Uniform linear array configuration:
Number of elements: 16
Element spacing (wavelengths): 1
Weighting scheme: binomial
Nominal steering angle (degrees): -45
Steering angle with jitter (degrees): -46.392
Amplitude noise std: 0.05
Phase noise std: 0.05

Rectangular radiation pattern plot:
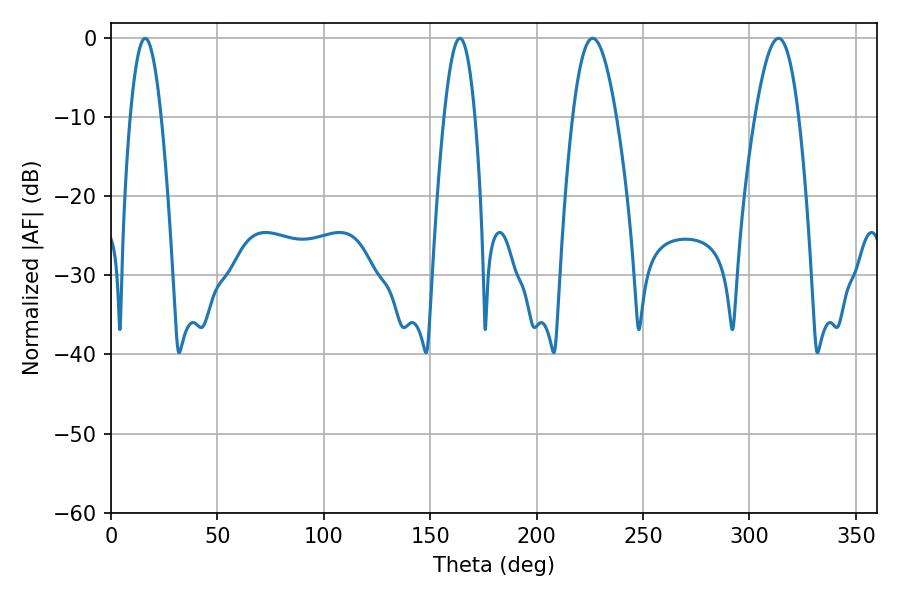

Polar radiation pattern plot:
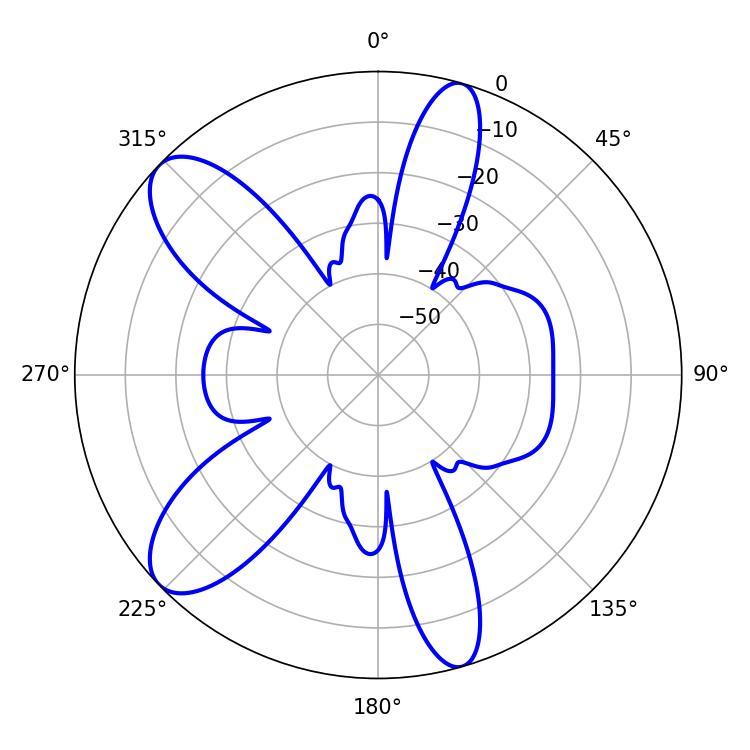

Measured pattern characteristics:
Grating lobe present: TRUE
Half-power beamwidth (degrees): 7.74
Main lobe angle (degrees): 16.02